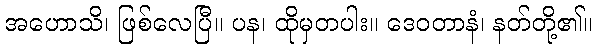
အဟောသိ၊ ဖြစ်လေပြီ။ ပန၊ ထိုမှတပါး။ ဒေဝတာနံ၊ နတ်တို့၏။